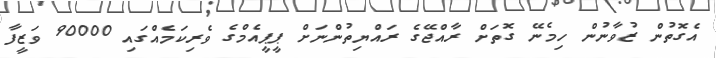
އެގޮތުން ޒުވާނުން ހިމެނޭ ގޮތަށް ރާއްޖޭގެ ރައްޔިތުންނަށް ޕީޕީއެމްގެ ވެރިކަމެއްގައި 90000 ވަޒީފާ